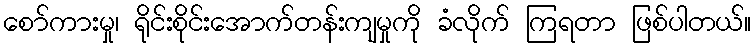
စော်ကားမှု၊ ရိုင်းစိုင်းအောက်တန်းကျမှုကို ခံလိုက် ကြရတာ ဖြစ်ပါတယ်။